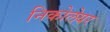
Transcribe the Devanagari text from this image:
निकोलेयर